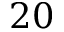
2 0